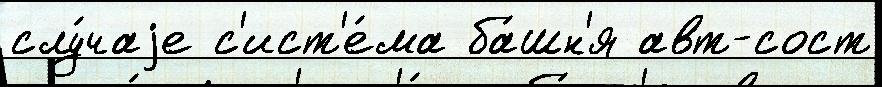
слу́чаjе с'ист'е́ма ба́шн'я авт-сост